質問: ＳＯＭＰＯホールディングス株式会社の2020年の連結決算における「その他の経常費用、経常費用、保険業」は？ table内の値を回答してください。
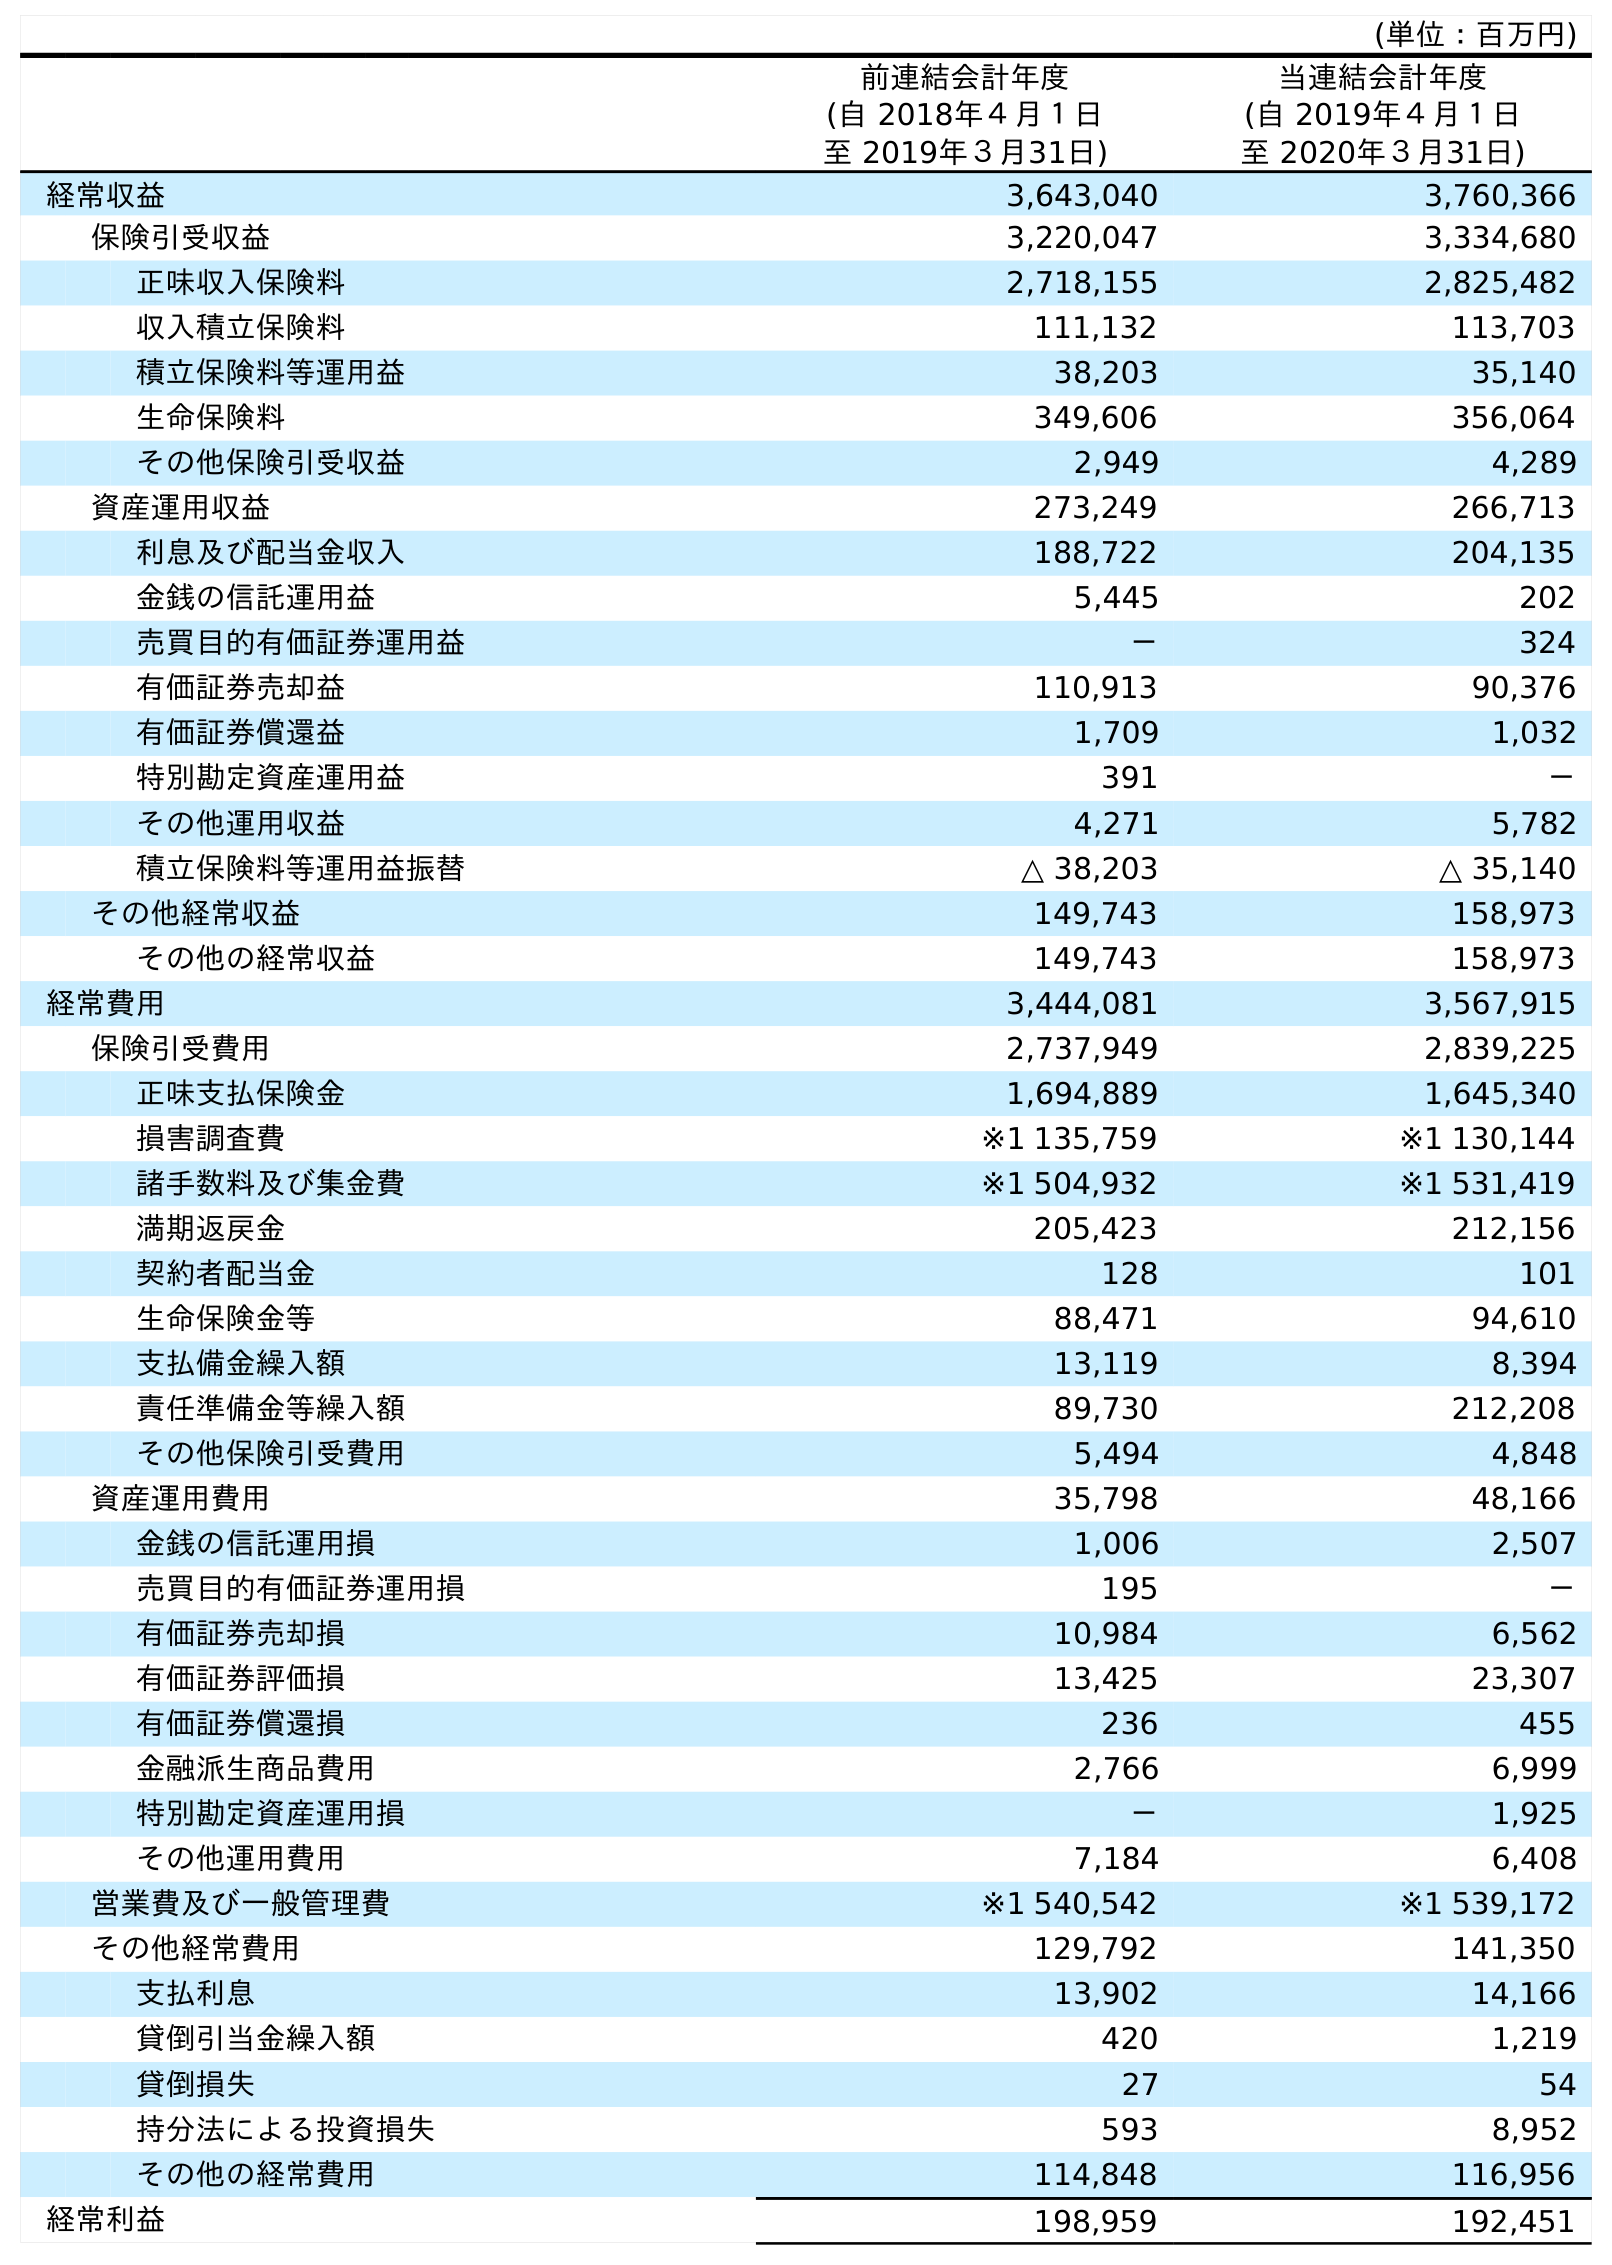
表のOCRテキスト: (単位：百万円) 前連結会計年度 (自 2018年４月１日 至 2019年３月31日) 当連結会計年度 (自 2019年４月１日 至 2020年３月31日) 経常収益 3,643,040 3,760,366 保険引受収益 3,220,047 3,334,680 正味収入保険料 2,718,155 2,825,482 収入積立保険料 111,132 113,703 積立保険料等運用益 38,203 35,140 生命保険料 349,606 356,064 その他保険引受収益 2,949 4,289 資産運用収益 273,249 266,713 利息及び配当金収入 188,722 204,135 金銭の信託運用益 5,445 202 売買目的有価証券運用益 － 324 有価証券売却益 110,913 90,376 有価証券償還益 1,709 1,032 特別勘定資産運用益 391 － その他運用収益 4,271 5,782 積立保険料等運用益振替 △ 38,203 △ 35,140 その他経常収益 149,743 158,973 その他の経常収益 149,743 158,973 経常費用 3,444,081 3,567,915 保険引受費用 2,737,949 2,839,225 正味支払保険金 1,694,889 1,645,340 損害調査費 ※1 135,759 ※1 130,144 諸手数料及び集金費 ※1 504,932 ※1 531,419 満期返戻金 205,423 212,156 契約者配当金 128 101 生命保険金等 88,471 94,610 支払備金繰入額 13,119 8,394 責任準備金等繰入額 89,730 212,208 その他保険引受費用 5,494 4,848 資産運用費用 35,798 48,166 金銭の信託運用損 1,006 2,507 売買目的有価証券運用損 195 － 有価証券売却損 10,984 6,562 有価証券評価損 13,425 23,307 有価証券償還損 236 455 金融派生商品費用 2,766 6,999 特別勘定資産運用損 － 1,925 その他運用費用 7,184 6,408 営業費及び一般管理費 ※1 540,542 ※1 539,172 その他経常費用 129,792 141,350 支払利息 13,902 14,166 貸倒引当金繰入額 420 1,219 貸倒損失 27 54 持分法による投資損失 593 8,952 その他の経常費用 114,848 116,956 経常利益 198,959 192,451
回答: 116,956